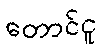
တောင်ငူ